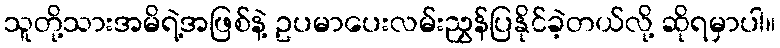
သူတို့သားအမိရဲ့အဖြစ်နဲ့ ဥပမာပေးလမ်းညွှန်ပြနိုင်ခဲ့တယ်လို့ ဆိုရမှာပါ။